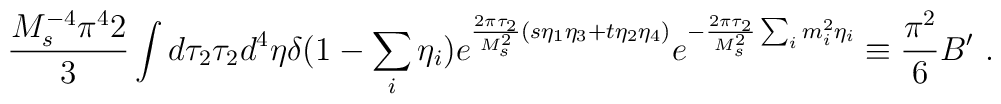
{{M_s^{-4}\pi^42}\over{3}}\int d\tau_2 \tau_2 d^{4}\eta \delta (1-\sum_i \eta_i)e^{{2\pi\tau_2 \over M_s^2} (s\eta_1\eta_3+t\eta_2\eta_4)}e^{-{2\pi\tau_2 \over M_s^2} \sum_i m_i^2\eta_i}\equiv{{\pi^2}\over{6}}B' \ .